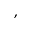
,